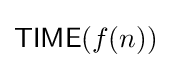
{\mathsf {TIME}}(f(n))